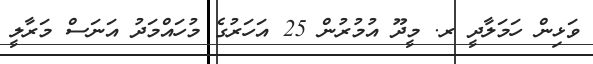
ވަޅިން ހަމަލާދީ ރ. މީދޫ އުމުރުން 25 އަހަރުގެ މުހައްމަދު އަނަސް މަރާލީ